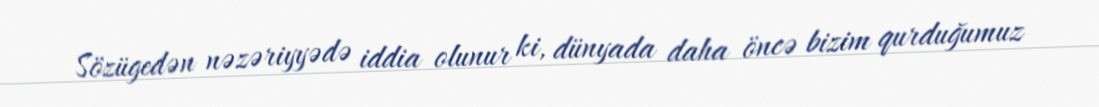
Sözügedən nəzəriyyədə iddia olunur ki, dünyada daha öncə bizim qurduğumuz